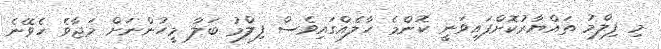
މި ފިލްމު ތައްޔާރުކޮށްފައިވަނީ ކޮންމެ ހާލެއްގައިވެސް ފިލްމު ބަލާ މީހުންނަށް މަޖާވެ ހެވޭނެ